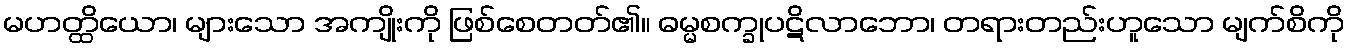
မဟတ္ထိယော၊ များသော အကျိုးကို ဖြစ်စေတတ်၏။ ဓမ္မစက္ခုပဋိလာဘော၊ တရားတည်းဟူသော မျက်စိကို